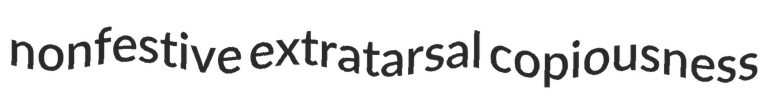
nonfestive extratarsal copiousness